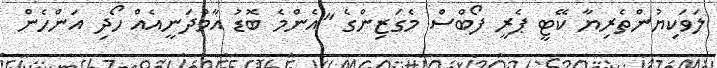
ލަވަކިޔުންތެރިޔާ ކޭޓީ ޕެރީ ފޯބްސް މެގަޒިންގެ "އެންމެ ބޮޑު އާމްދަނީއެއް ހޯދި އަންހެން